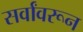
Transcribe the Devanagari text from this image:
सर्वांवरून